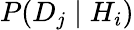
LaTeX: P(D_{j}\mid H_{i})